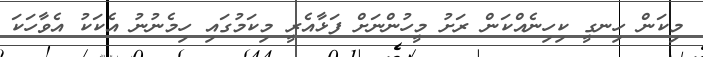
މިކަން ހިނގީ ކިހިނެއްކަން ރަށު މީހުންނަށް ފަޅާއެރީ މިކަމުގައި ހިމެނުނު އެކަކު އެވާހަކަ